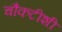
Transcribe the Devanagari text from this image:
चौकटीशी